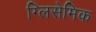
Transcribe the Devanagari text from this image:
ग्लिसेमिक